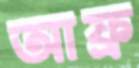
আফ্র